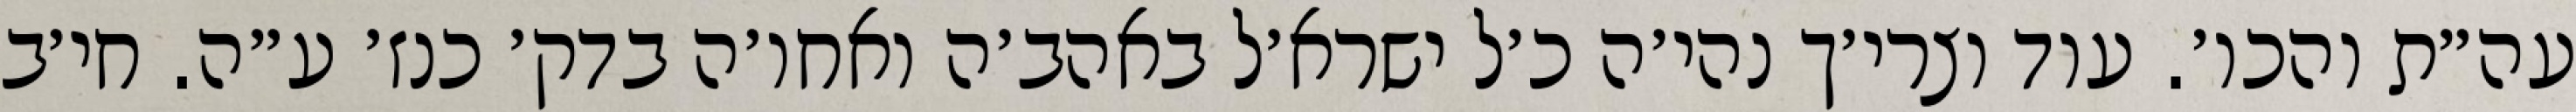
עה״ת והכו׳. עוד וצרי׳ך נהי׳ה כ׳ל ישרא׳ל באהב׳ה ואחו׳ה בדק׳ כנז׳ ע״ה. חי׳ב